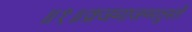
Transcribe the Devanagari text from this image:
॥१॥व्रजमाजग्मतुस्तौ